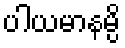
ပါယမာနမ္ပိ